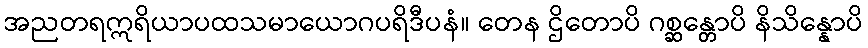
အညတရဣရိယာပထသမာယောဂပရိဒီပနံ။ တေန ဌိတောပိ ဂစ္ဆန္တောပိ နိသိန္နောပိ